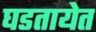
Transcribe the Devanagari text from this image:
घडतायेत